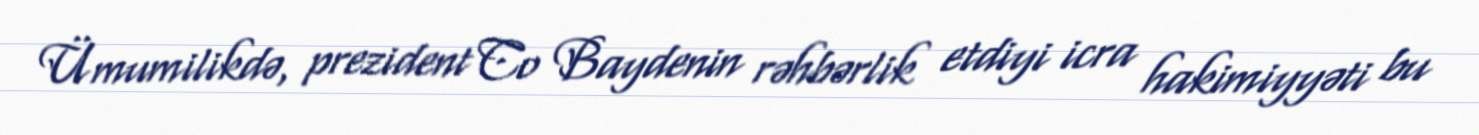
Ümumilikdə, prezident Co Baydenin rəhbərlik etdiyi icra hakimiyyəti bu